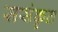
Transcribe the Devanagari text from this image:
ससंकृत